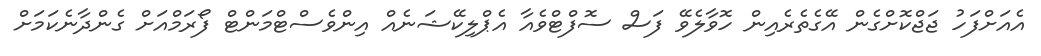
އެއަށްފަހު ޖަޖްކޮށްގެން އޭގެތެރެއިން ހޮވާލެވޭ ފަސް ސޮފްޓްވެއާ އެޕްލިކޭޝަނެއް އިންވެސްޓްމަންޓް ފޯރަމްއަށް ގެންދާނެކަމަށް